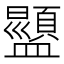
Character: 𬐿